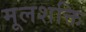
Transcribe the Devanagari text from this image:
मूलशक्ति